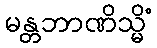
မန္တဘာဏိသ္မိံ